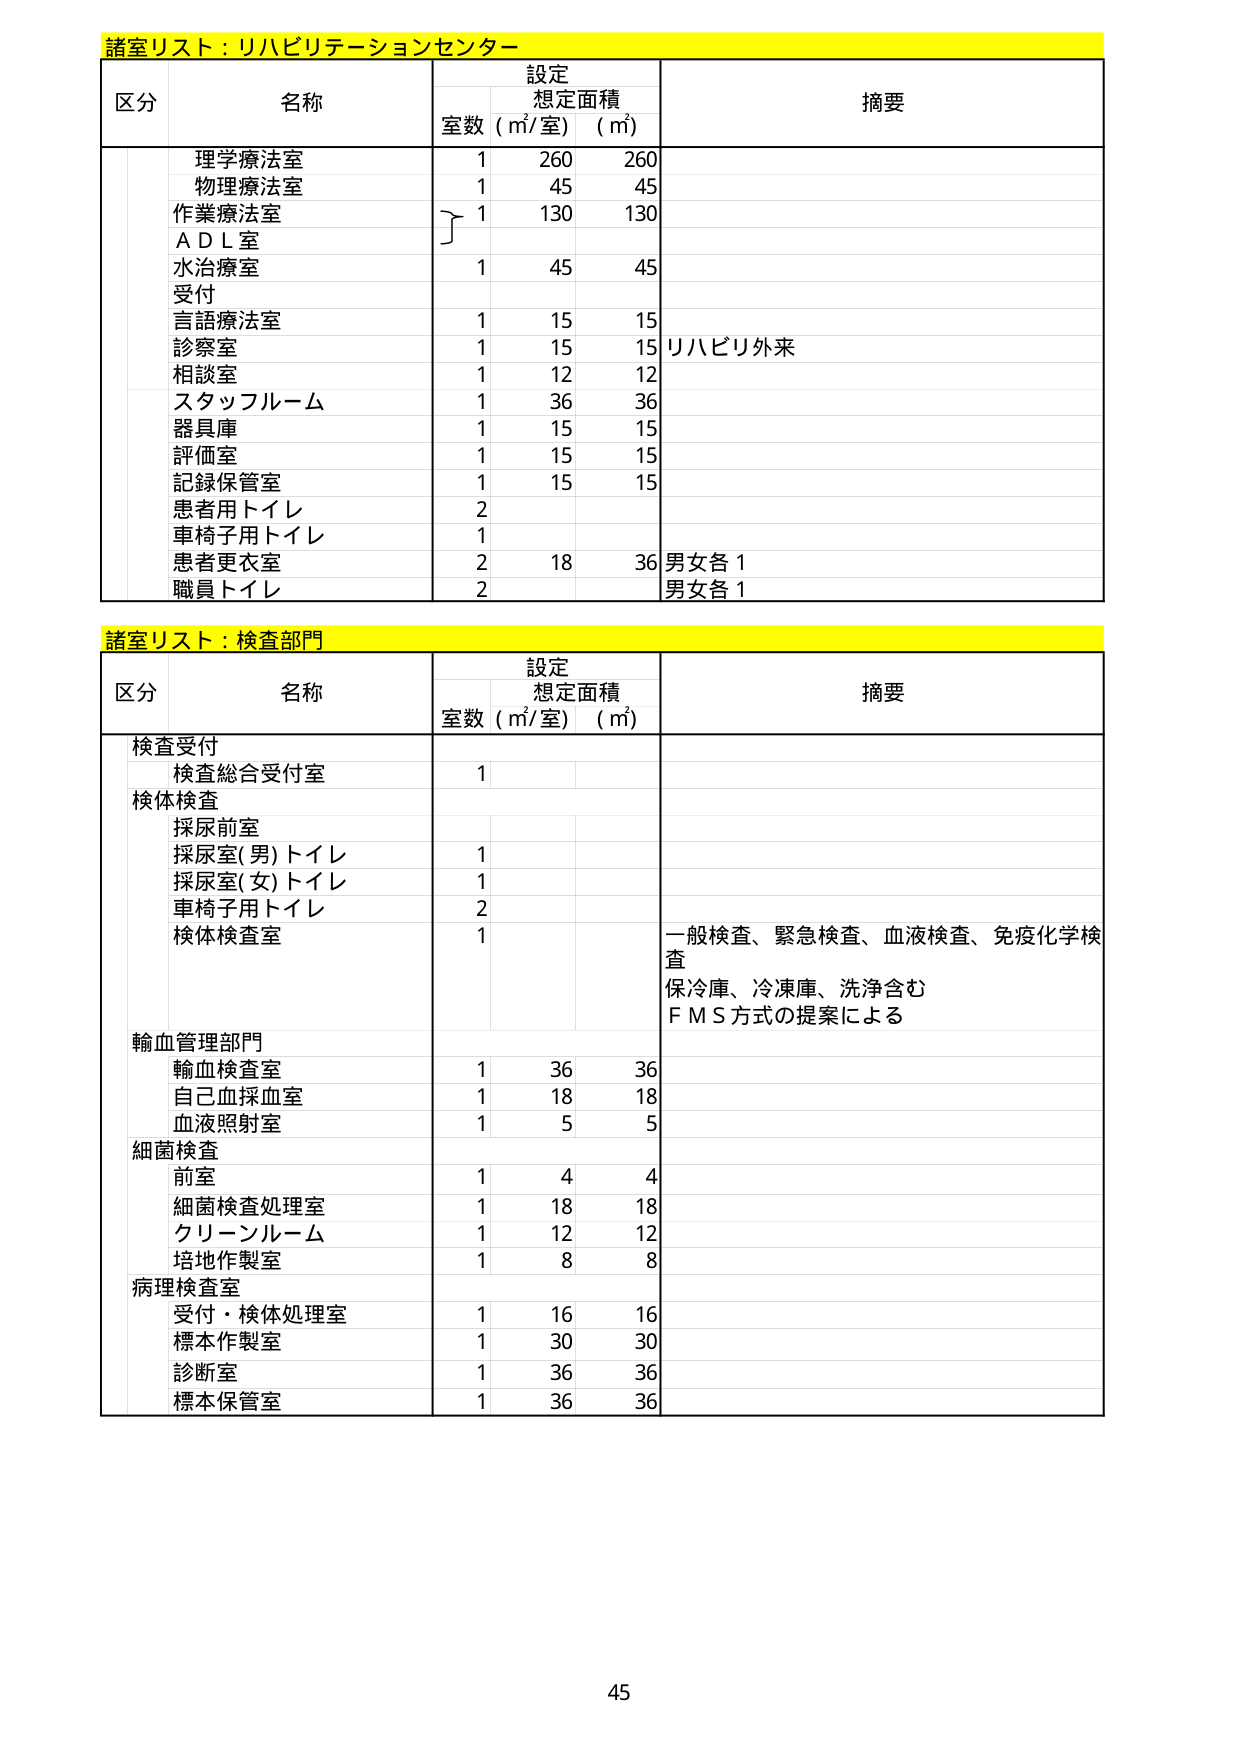
諸室リスト：リハビリテーションセンター
区分 名称 設定 想定面積 摘要
室数（㎡/室）（㎡）
理学療法室 1 260 260
物理療法室 1 45 45
作業療法室 1 130 130
ＡＤＬ室
水治療室 1 45 45
受付
言語療法室 1 15 15
診察室 1 15 15 リハビリ外来
相談室 1 12 12
スタッフルーム 1 36 36
器具庫 1 15 15
評価室 1 15 15
記録保管室 1 15 15
患者用トイレ 2
車椅子用トイレ 1
患者更衣室 2 18 36 男女各1
職員トイレ 2 男女各1

諸室リスト：検査部門
区分 名称 設定 想定面積 摘要
室数（㎡/室）（㎡）
検査受付
検査総合受付室 1
検体検査
採尿前室
採尿室(男)トイレ 1
採尿室(女)トイレ 1
車椅子用トイレ 2
検体検査室 1 一般検査、緊急検査、血液検査、免疫化学検査
保冷庫、冷凍庫、洗浄含む
ＦＭＳ方式の提案による
輸血管理部門
輸血検査室 1 36 36
自己血採血室 1 18 18
血液照射室 1 5 5
細菌検査
前室 1 4 4
細菌検査処理室 1 18 18
クリーンルーム 1 12 12
培地作製室 1 8 8
病理検査室
受付・検体処理室 1 16 16
標本作製室 1 30 30
診断室 1 36 36
標本保管室 1 36 36

45